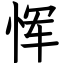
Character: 恽